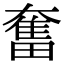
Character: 奮